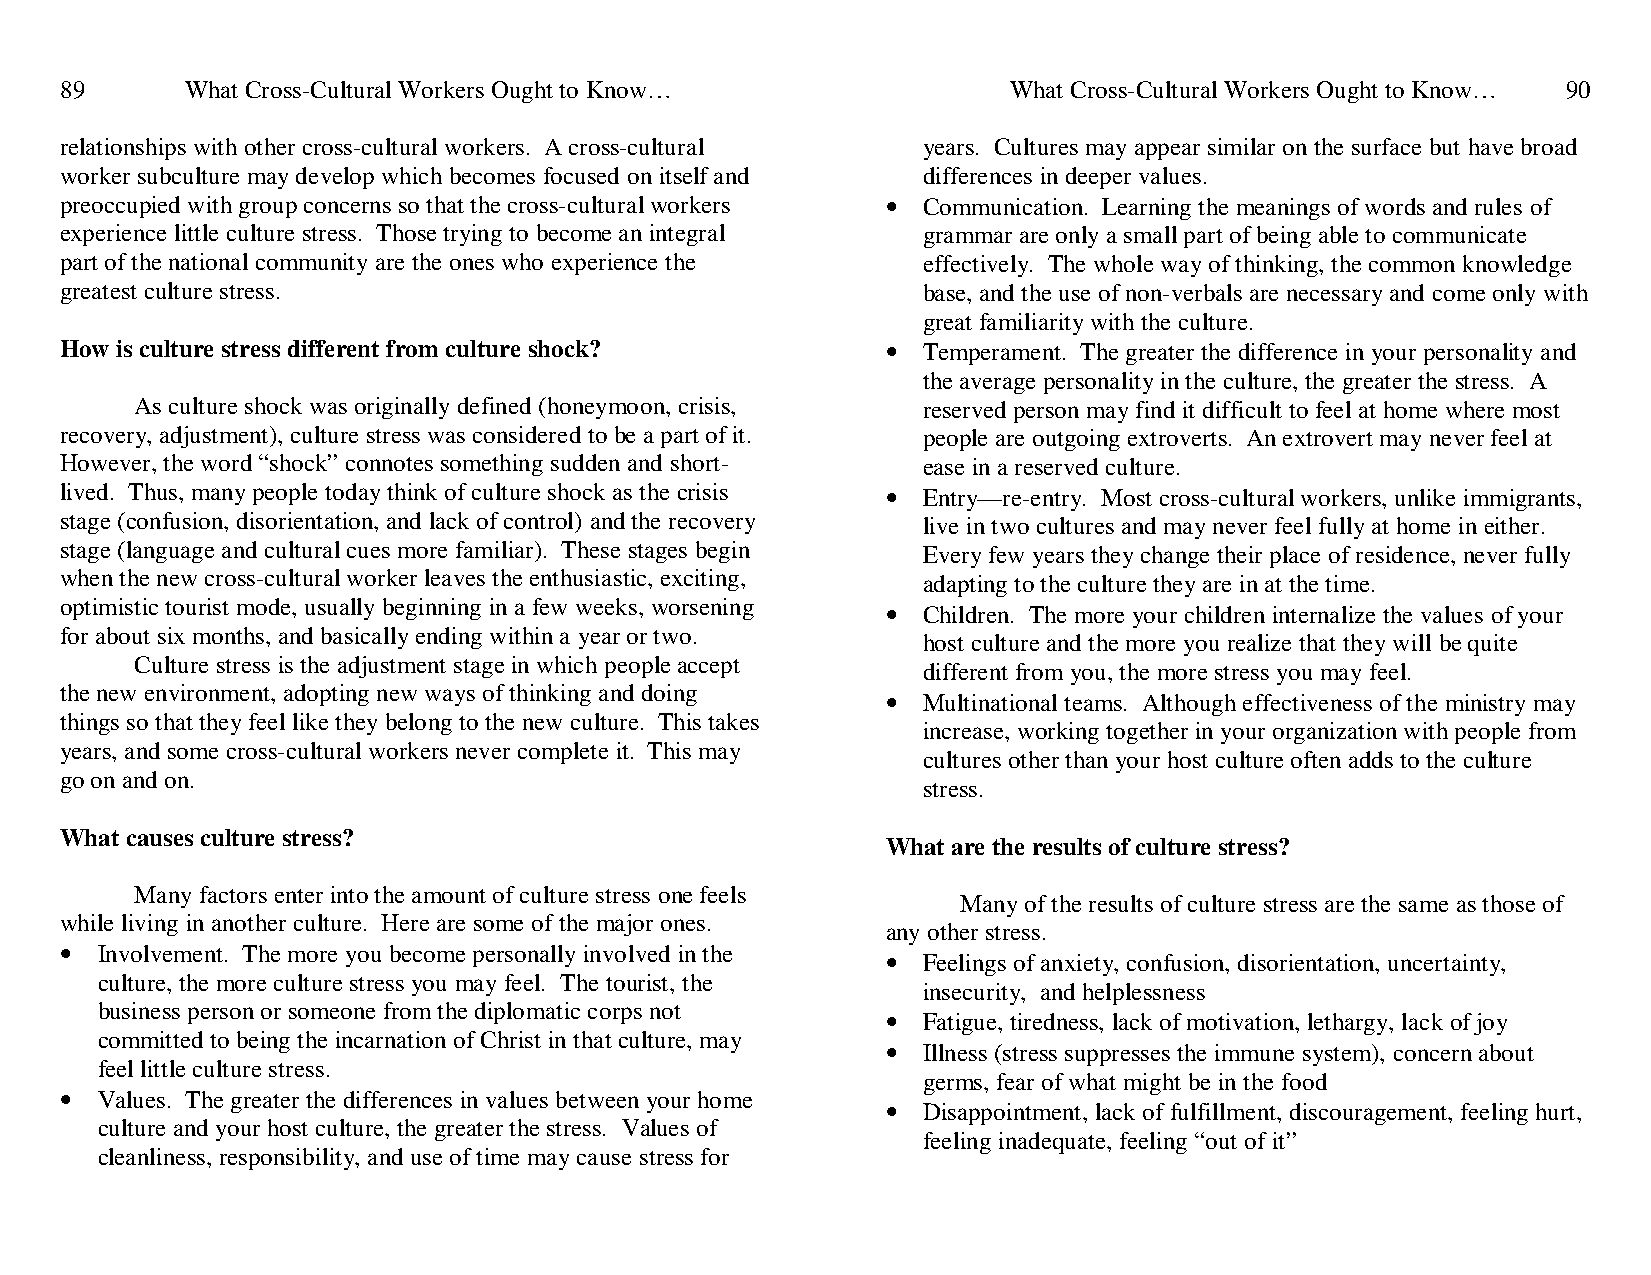
89      What Cross-Cultural Workers Ought to Know…             What Cross-Cultural Workers Ought to Know… 90
 relationships with other cross-cultural workers. A cross-cultural years. Cultures may appear similar on the surface but have broad
 worker subculture may develop which becomes focused on itself and differences in deeper values.
 preoccupied with group concerns so that the cross-cultural workers • Communication. Learning the meanings of words and rules of
 experience little culture stress. Those trying to become an integral grammar are only a small part of being able to communicate
 part of the national community are the ones who experience the effectively. The whole way of thinking, the common knowledge
 greatest culture stress.                                 base, and the use of non-verbals are necessary and come only with
 great familiarity with the culture.
 How is culture stress different from culture shock?    • Temperament. The greater the difference in your personality and
 the average personality in the culture, the greater the stress. A
 As culture shock was originally defined (honeymoon, crisis, reserved person may find it difficult to feel at home where most
 recovery, adjustment), culture stress was considered to be a part of it. people are outgoing extroverts. An extrovert may never feel at
 However, the word “shock” connotes something sudden and short- ease in a reserved culture.
 lived. Thus, many people today think of culture shock as the crisis • Entry—re-entry. Most cross-cultural workers, unlike immigrants,
 stage (confusion, disorientation, and lack of control) and the recovery live in two cultures and may never feel fully at home in either.
 stage (language and cultural cues more familiar). These stages begin Every few years they change their place of residence, never fully
 when the new cross-cultural worker leaves the enthusiastic, exciting, adapting to the culture they are in at the time.
 optimistic tourist mode, usually beginning in a few weeks, worsening • Children. The more your children internalize the values of your
 for about six months, and basically ending within a year or two.
 host culture and the more you realize that they will be quite
 Culture stress is the adjustment stage in which people accept
 different from you, the more stress you may feel.
 the new environment, adopting new ways of thinking and doing • Multinational teams. Although effectiveness of the ministry may
 things so that they feel like they belong to the new culture. This takes
 increase, working together in your organization with people from
 years, and some cross-cultural workers never complete it. This may
 cultures other than your host culture often adds to the culture
 go on and on.
 stress.
 What causes culture stress?
 What are the results of culture stress?
 Many factors enter into the amount of culture stress one feels
 Many of the results of culture stress are the same as those of
 while living in another culture. Here are some of the major ones.
 any other stress.
 • Involvement. The more you become personally involved in the • Feelings of anxiety, confusion, disorientation, uncertainty,
 culture, the more culture stress you may feel. The tourist, the
 insecurity, and helplessness
 business person or someone from the diplomatic corps not • Fatigue, tiredness, lack of motivation, lethargy, lack of joy
 committed to being the incarnation of Christ in that culture, may
 • Illness (stress suppresses the immune system), concern about
 feel little culture stress.
 germs, fear of what might be in the food
 • Values. The greater the differences in values between your home
 • Disappointment, lack of fulfillment, discouragement, feeling hurt,
 culture and your host culture, the greater the stress. Values of
 feeling inadequate, feeling “out of it”
 cleanliness, responsibility, and use of time may cause stress for